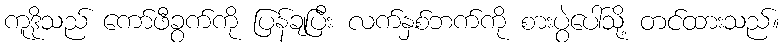
ကူဒိုသည် ကော်ဖီခွက်ကို ပြန်ချပြီး လက်နှစ်ဘက်ကို စားပွဲပေါ်သို့ တင်ထားသည်။